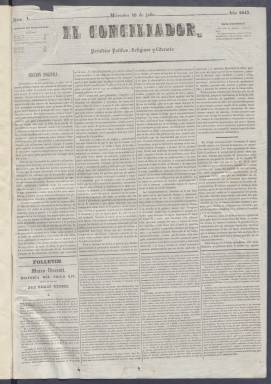
Título: El Conciliador (Madrid. 1845)
Colección: Periódicos anteriores a 1850
Ámbito geográfico: Madrid
Lugar de publicación: Madrid
Fechas: 16/07/1845-09/12/1845

Este periódico fue auspiciado por el filósofo, tratadista político y periodista Jaime Balmes y dirigido por su amigo José María Quadrado para luchar como publicación diaria por lo mismo por lo que abogaba El Pensamiento de la Nación, revista primero semanal y luego quincenal: la unión de las dos ramas dinásticas mediante el matrimonio de la reina Isabel II con el conde de Montemolín, hijo de Don Carlos.

  Ni El Pensamiento de la Nación, de Balmes, que salió en 1844, un año antes que El Conciliador, ni este, lograron su objetivo de unir a los dos bandos que lucharon a muerte en la primera guerra carlista durante la década de 1830. El llamado ‘abrazo de Vergara’ le puso fin, aunque a lo largo del siglo XIX se reprodujo el enfrentamiento bélico entre liberales y carlistas.

  Según la Historia del Periodismo Español de Pedro Gómez Aparicio, dos meses antes de que comenzara la publicación de El Conciliador, Balmes exponía a José María Quadrado cuál debía ser el propósito del periódico: ‘Formular un sistema verdaderamente nacional que, por medio de transacciones amplias y equitativas,  lo concilie todo, acabando para siempre con las reacciones y las revoluciones: he aquí una tarea bien difícil; y este, sin embargo, es el objeto del periódico que usted va a dirigir’.

  No obstante, El Conciliador solo publicó 126 números, cesando el 9 de diciembre de 1845 cuando publicó una pequeña nota anunciándolo y diciendo que El Pensamiento de la Nación se encargaría de las suscripciones pendientes. El periódico fue por tanto un fracaso, periodístico y político. Tanto Balmes como Donoso Cortés, filósofo y político tradicionalista, intentaron sin éxito que José María Quadrado siguiera, pero este no aceptó.

  En el editorial de despedida, El Conciliador señalaba su satisfacción por ‘no haber adulado ni a partido, ni a clase ni a persona alguna, de no haber aliado a nuestra causa intereses extraños’, además de afirmar que los periódicos deben ser guía de la opinión y dirigir a los partidos políticos y no al revés.

  El Conciliador, con cuatro páginas, inició su corta trayectoria el 16 de junio de 1845 y se publicó todos los días excepto los lunes. Llevaba como subtítulo el de Periódico político, religioso y literario, por lo que no ocultaba su ideario católico conservador. En su estructura de contenido, salvo la atención prestada a la información religiosa, El Conciliador no difería mucho de la prensa de la época, contando con artículos de fondo, información oficial, noticias nacionales y extranjeras, información teatral, una sección de Variedades y el clásico folletín.

[Descripción publicada el 20/09/2024]